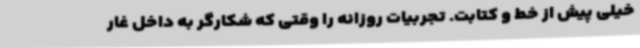
خیلی پیش از خط و کتابت. تجربیات روزانه را وقتی که شکارگر به داخل غار